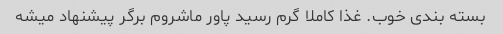
بسته بندی خوب. غذا کاملا گرم رسید پاور ماشروم برگر پیشنهاد میشه